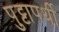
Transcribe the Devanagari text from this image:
पुट्टापर्थी